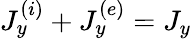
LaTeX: J_{y}^{(i)}+J_{y}^{(e)}=J_{y}